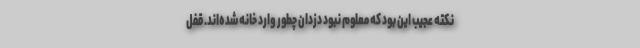
نکته عجیب این بود که معلوم نبود دزدان چطور وارد خانه‌ شده‌اند. قفل